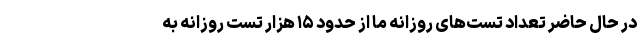
در حال حاضر تعداد تست‌های روزانه ما از حدود ۱۵ هزار تست روزانه به